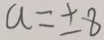
a = \pm 8